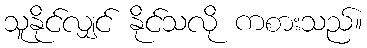
သူနိုင်လျှင် နိုင်သလို ကစားသည်။